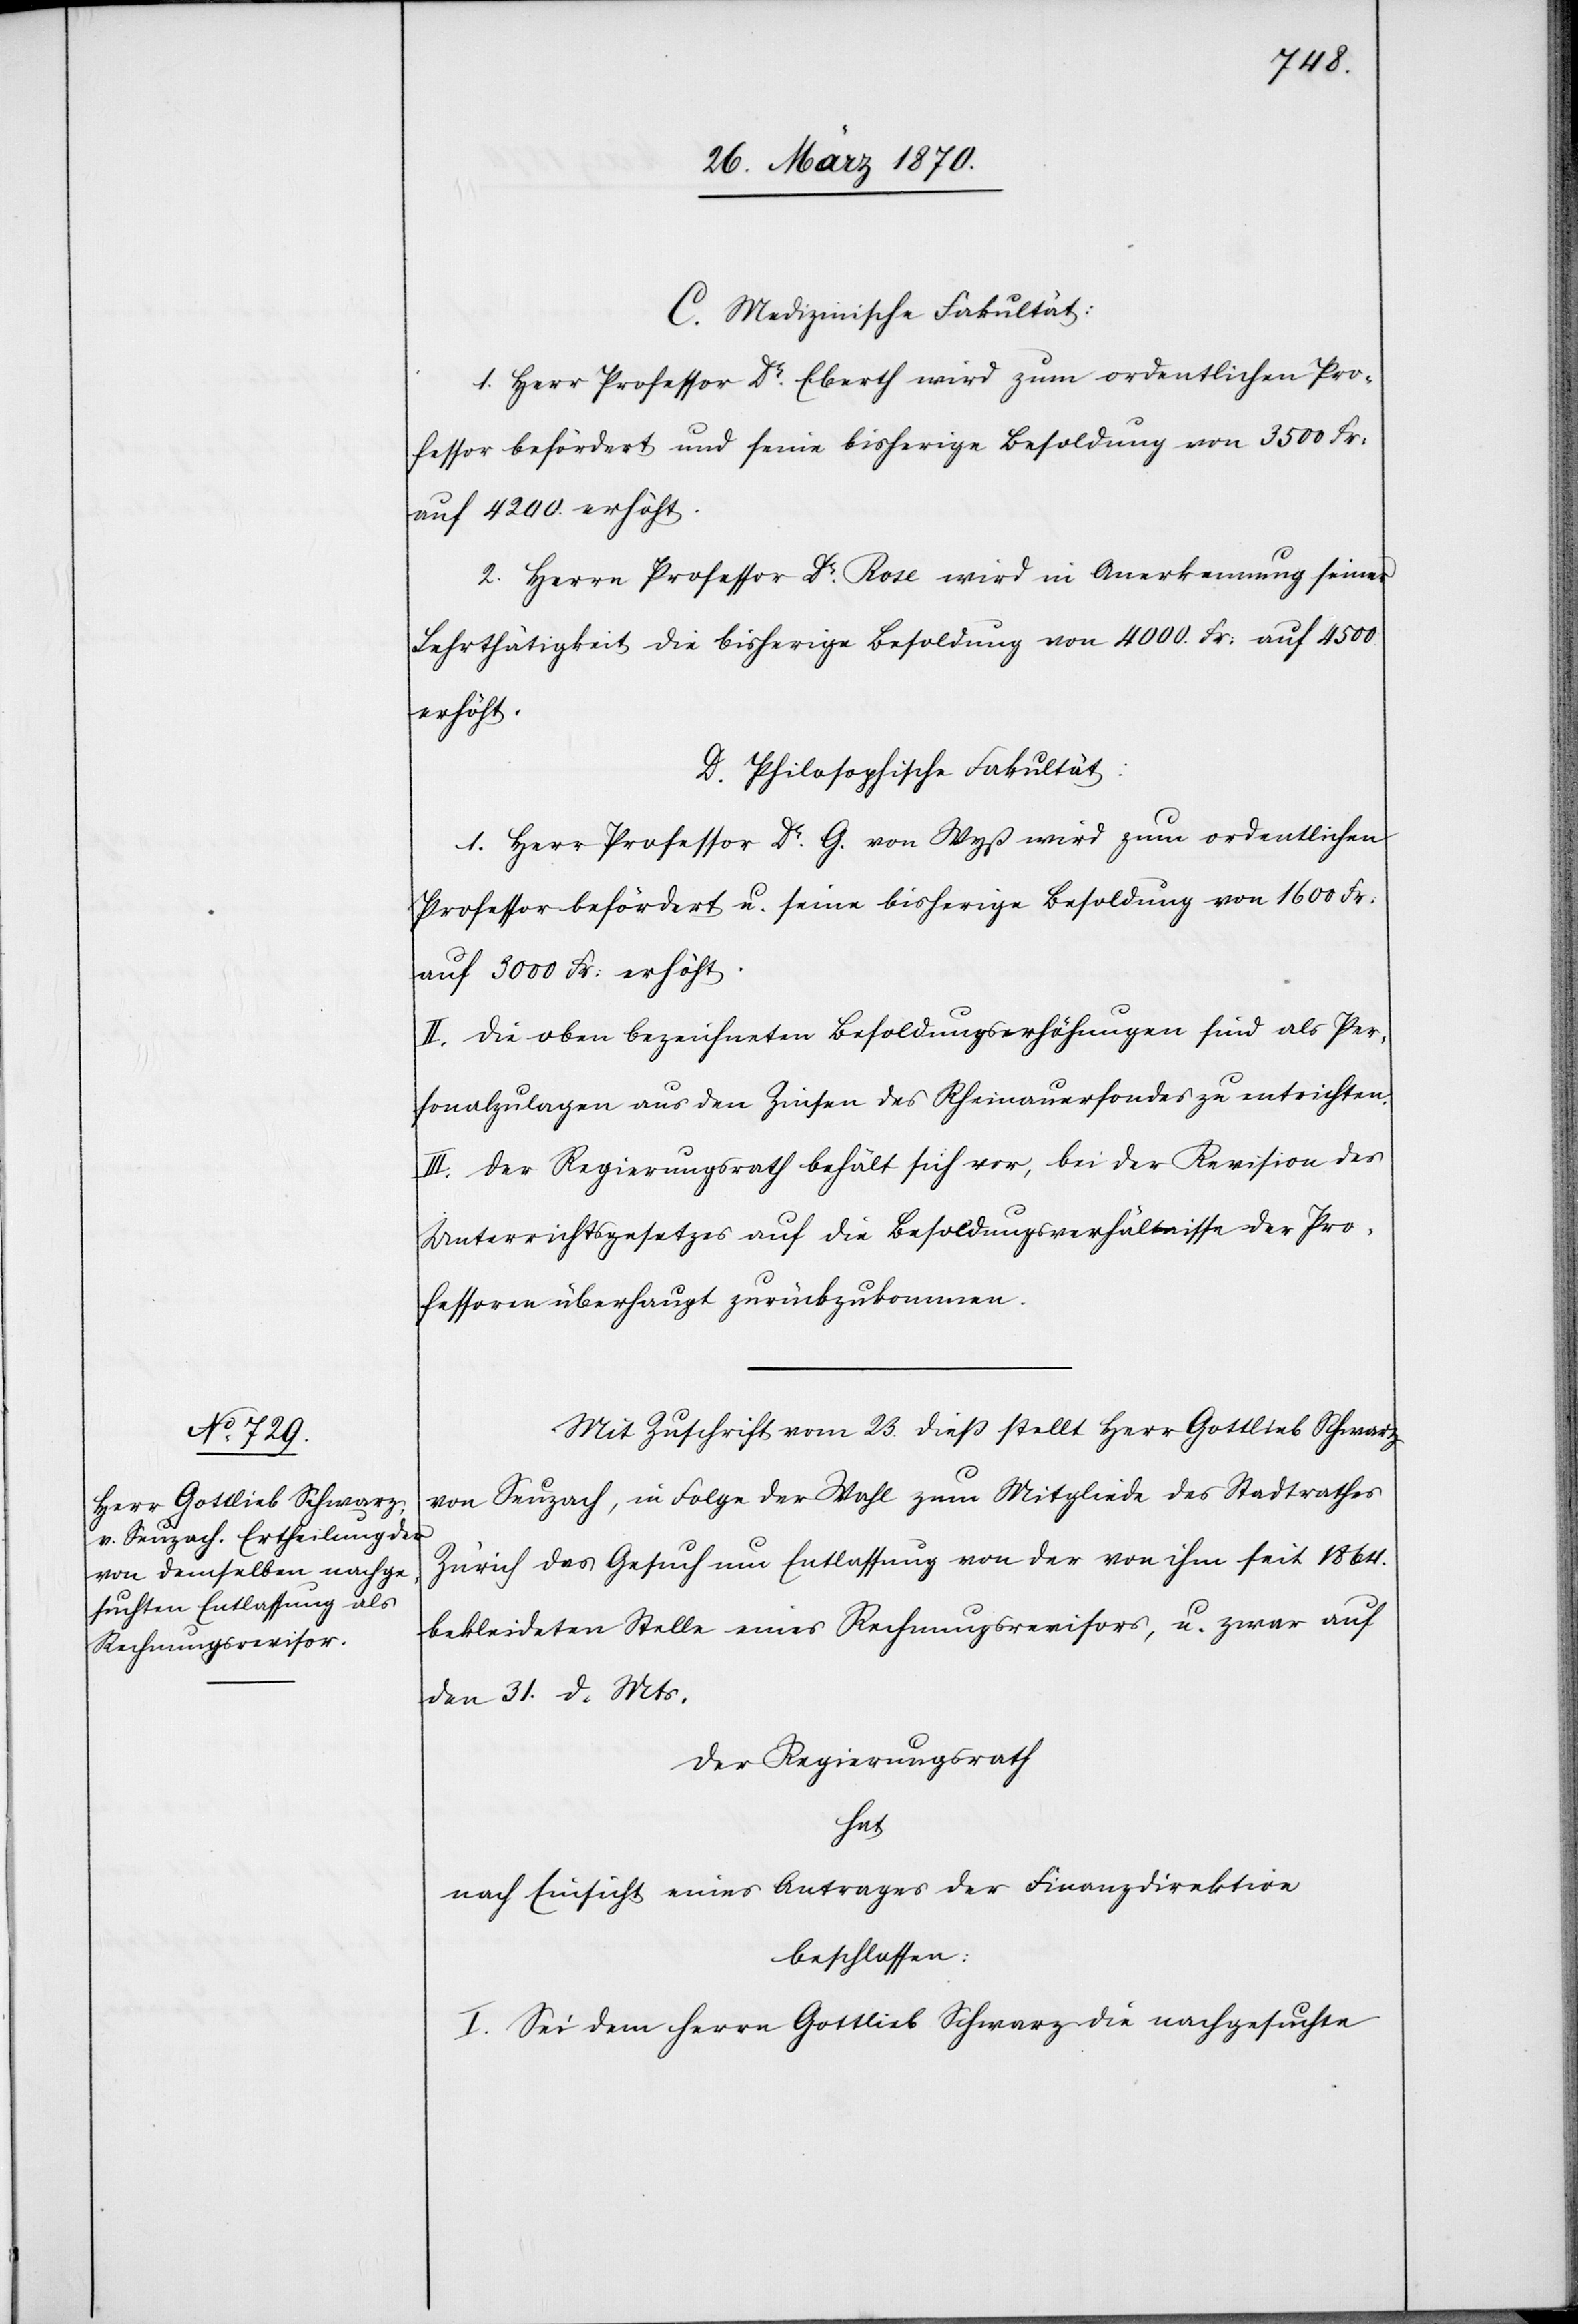
C. Medizinische Fakultät:
1. Herr Professor Dr. Eberth wird zum ordentlichen Pro¬
fessor befördert und seine bisherige Besoldung von 3500 Fr:
auf 4200. erhöht.
2. Herrn Professor Dr. Rose wird in Anerkennung seiner
Lehrthätigkeit die bisherige Besoldung von 4000 Fr: auf 4500
erhöht.
D. Philosophische Fakultät:
Herr Professor Dr. G. von Wyß wird zum ordentlichen
Professor befördert u. seine bisherige Besoldung von 1600 Fr:
auf 3000 Fr: erhöht.
II. Die oben bezeichneten Besoldungserhöhungen sind als Per¬
sonalzulagen aus den Zinsen des Rheinauerfondes zu entrichten.
III. Der Regierungsrath behält sich vor, bei der Revision des
Unterrichtsgesetzes auf die Besoldungsverhältnisse der Pro¬
fessoren überhaupt zurückzukommen.
Mit Zuschrift vom 23. dieß stellt Herr Gottlieb Schwarz
von Seuzach, in Folge der Wahl zum Mitgliede des Stadtrathes
Zürich das Gesuch um Entlassung von der von ihm seit 1864.
bekleideten Stelle eines Rechnungsrevisors, u. zwar auf
den 31. d. Mts.
Der Regierungsrath
hat
nach Einsicht eines Antrages der Finanzdirektion
beschlossen:
I. Sei dem Herrn Gottlieb Schwarz die nachgesuchte